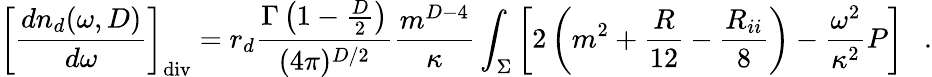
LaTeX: \left[{\frac{dn_{d}(\omega,D)}{d\omega}}\right]_{\mathrm{div}}=r_{d}{\frac{\Gamma\left(1-\frac D2\right)}{(4\pi)^{D/2}}}{\frac{m^{D-4}}{\kappa}}\int_{\Sigma}\left[2\left(m^{2}+{\frac{R}{12}}-{\frac{R_{ii}}{8}}\right)-{\frac{\omega^{2}}{\kappa^{2}}}P\right]~~~.